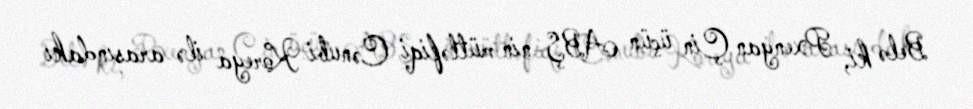
Belə ki, Pxenyan Çin üçün ABŞ-nin müttəfiqi Cənubi Koreya ilə arasındakı